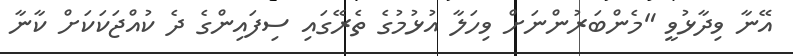
އޭނާ ވިދާޅުވީ "މެންބަރުންނަށް ވިހަލާ އުޅުމުގެ ތެރޭގައި ސިފައިންގެ ދެ ކުއްޖަކަކަށް ކާނާ